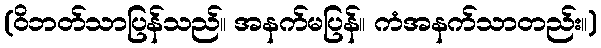
(ဝိဘတ်သာပြန်သည်။ အနက်မပြန်။ ကံအနက်သာတည်း။)